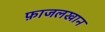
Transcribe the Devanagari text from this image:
फ़ाजलखान